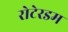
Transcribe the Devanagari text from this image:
रोटेरडम